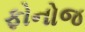
ફોનોજ